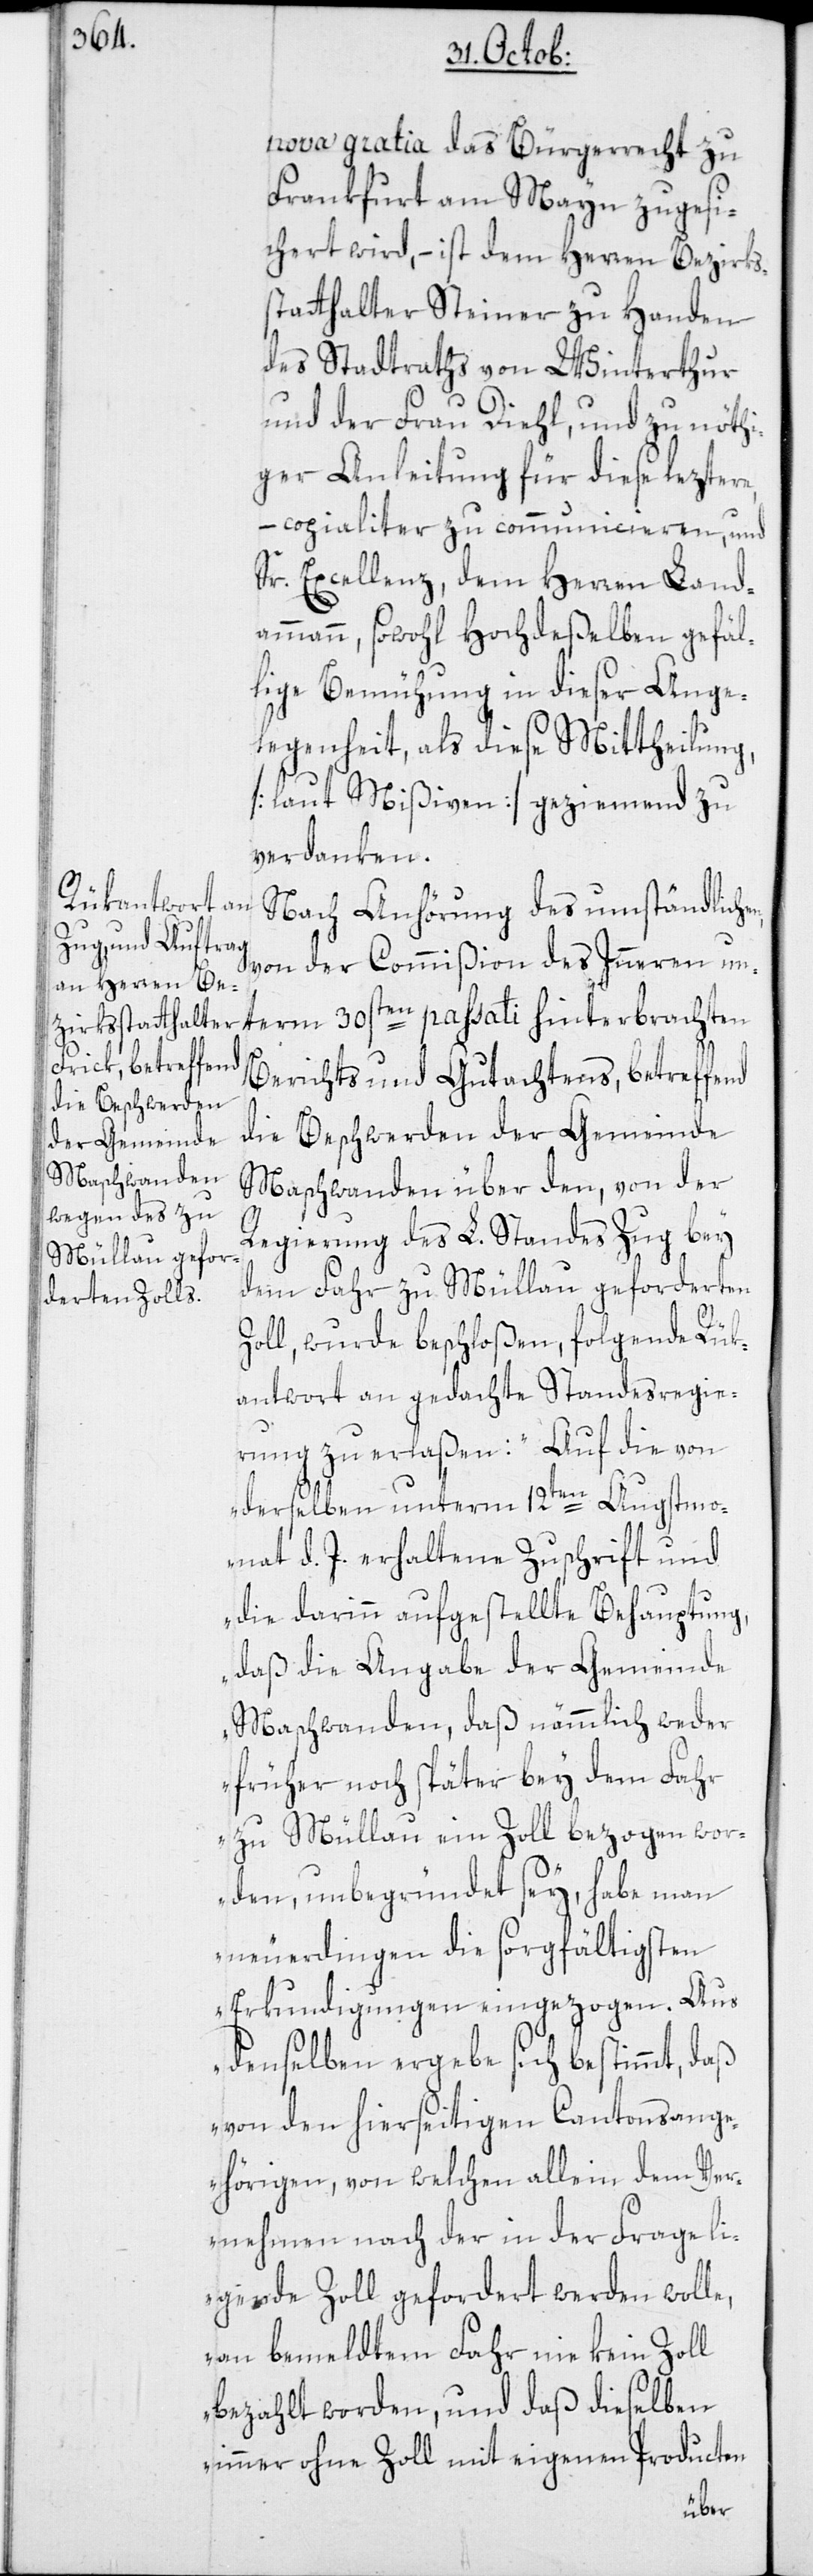
nova gratia das Bürgerrecht zu
Frankfurt am Mayn zugesi¬
chert wird, – ist dem Herren Bezirks¬
statthalter Steiner zu Handen
des Stadtraths von Winterthur
und der Frau Diehl, und zu nöthi¬
ger Anleitung für diese lezter¬
– copialiter zu communicieren, und
Sr. Excellenz, dem Herren Land¬
ammann, sowohl Hochdeßelben gefäl¬
lige Bemühung in dieser Ange¬
legenheit, als diese Mittheilung,
[laut Mißiven] geziemend zu
verdanken.
Nach Anhörung des umständliche¬
von der Commißion des Inneren un¬
term 30sten passati hinterbrachten
Berichts und Gutachtens, betreffend
die Beschwerden der Gemeinde
Maschwanden über den, von der
Regierung des L. Standes Zug bey
dem Fahr zu Müllau geforderten
n,
Zoll, wurde beschloßen, folgende Rük¬
antwort an gedachte Standesregie¬
rung zu erlaßen: „Auf die von
derselben unterm 12ten Augstmo¬
nat d. J. erhaltene Zuschrift und
die darinn aufgestellte Behauptung,
daß die Angabe der Gemeinde
Maschwanden, daß nämmlich weder
früher noch später bey dem Fahr
zu Müllau ein Zoll bezogen wor¬
den, unbegründet sey, habe man
neuerdingen die sorgfältigsten
Erkundigungen eingezogen. Aus
denselben ergebe sich bestimmt, daß
von den hierseitigen Cantonsange¬
hörigen, von welchen allein dem Ver¬
nehmen nach der in der Frage li¬
gende Zoll gefordert werden wolle,
an bemeldtem Fahr nie kein Zoll
bezahlt worden, und daß dieselben
immer ohne Zoll mit eigenen Producten